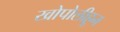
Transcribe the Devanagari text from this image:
खोपोलीहून